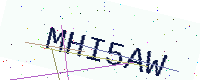
Text: MHI5AW